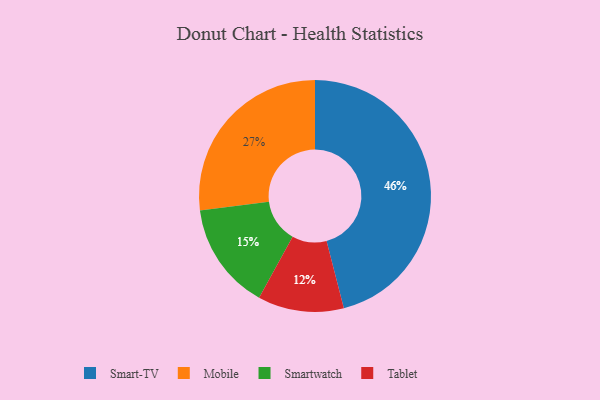
{"axis": {"x": "Category", "y": "Percentage"}, "legend": ["Mobile", "Smart-TV", "Smartwatch", "Tablet"], "data": [{"x": "Smart-TV", "y": 46, "type": "Smart-TV"}, {"x": "Tablet", "y": 12, "type": "Tablet"}, {"x": "Smartwatch", "y": 15, "type": "Smartwatch"}, {"x": "Mobile", "y": 27, "type": "Mobile"}]}